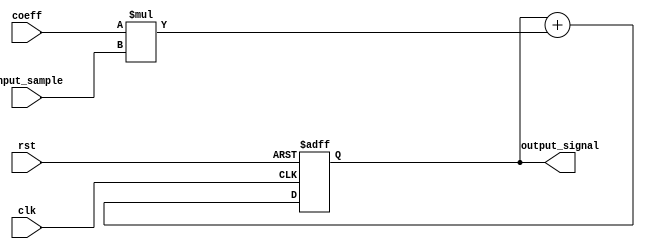
module fir_filter_accumulator (
    input clk,
    input rst,
    input signed [15:0] coeff,
    input signed [15:0] input_sample,
    output reg signed [31:0] output_signal
);

reg signed [31:0] accumulator;

always @(posedge clk or posedge rst) begin
    if (rst) begin
        accumulator <= 0;
    end else begin
        accumulator <= accumulator + (coeff * input_sample);
    end
end

assign output_signal = accumulator;

endmodule